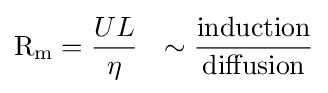
\mathrm {R} _{\mathrm {m} }={\frac {UL}{\eta }}~~\sim {\frac {\mathrm {induction} }{\mathrm {diffusion} }}